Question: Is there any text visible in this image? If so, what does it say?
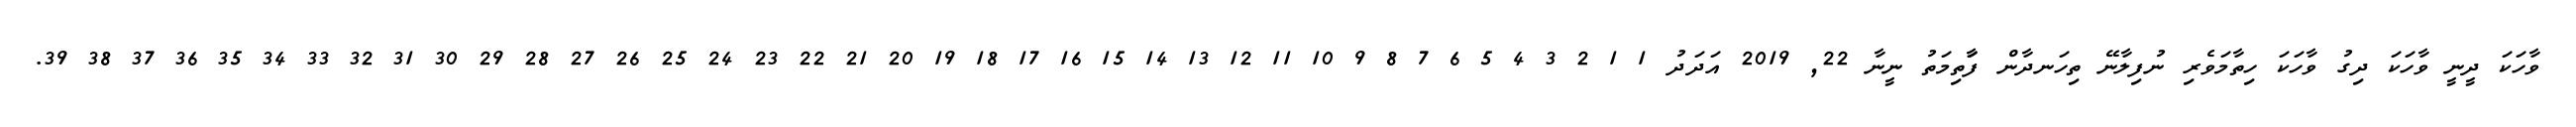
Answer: ވާހަކަ ދީނީ ވާހަކަ ދިގު ވާހަކަ ހިތާމަވެރި ނުފިލާނޭ ތިހަނދާން ފާަތިމަތު ނީނާ 22, 2019 އަދަދު 1 1 2 3 4 5 6 7 8 9 10 11 12 13 14 15 16 17 18 19 20 21 22 23 24 25 26 27 28 29 30 31 32 33 34 35 36 37 38 39.